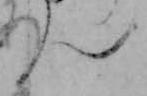
ん